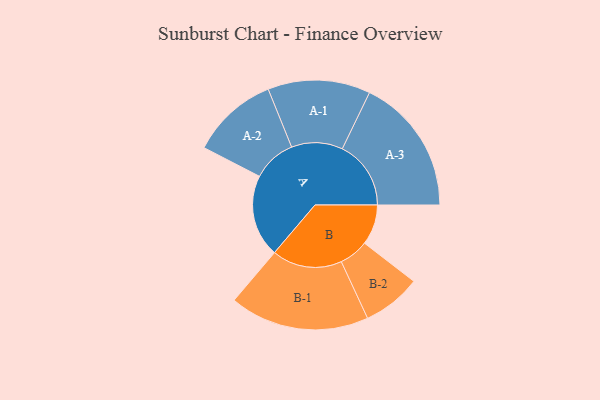
{"axis": {"x": "Segment", "y": "Value"}, "legend": ["", "A", "B"], "data": [{"x": "A", "y": 331, "type": ""}, {"x": "B", "y": 162, "type": ""}, {"x": "A-1", "y": 206, "type": "A"}, {"x": "A-2", "y": 175, "type": "A"}, {"x": "A-3", "y": 276, "type": "A"}, {"x": "B-1", "y": 281, "type": "B"}, {"x": "B-2", "y": 118, "type": "B"}]}